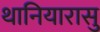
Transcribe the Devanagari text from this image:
थानियारासु